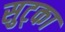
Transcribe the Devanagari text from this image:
सुट्का